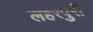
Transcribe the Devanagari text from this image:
लहरपुरी